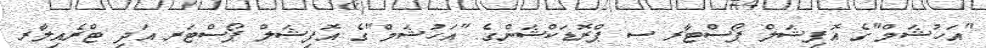
"އަހުޝަމް"ގެ އޮފިޝަލް ޕޯސްޓާރ ސ ޕްރޮޑަކްޝަންގެ "އަހުޝަމް"ގެ އޮފިޝަލް ޕޯސްޓަރ އަދި ޓްރެއިލާރ